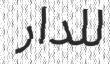
للدار